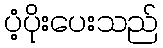
ပံ့ပိုးပေးသည်